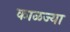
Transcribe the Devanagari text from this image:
काळज्या